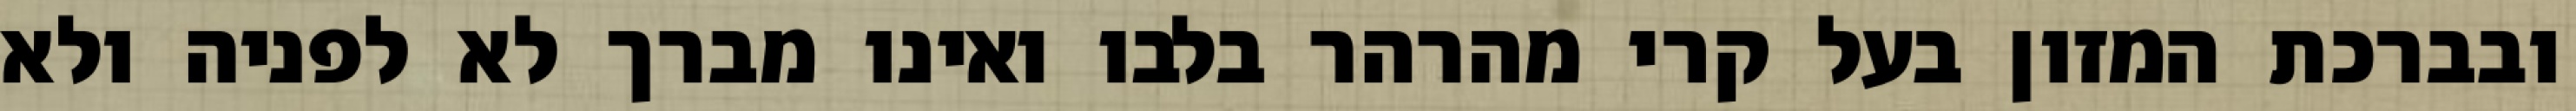
ובברכת המזון בעל קרי מהרהר בלבו ואינו מברך לא לפניה ולא